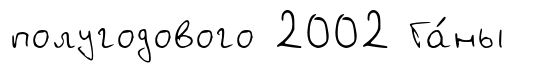
полугодового 2002 Га́ны